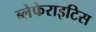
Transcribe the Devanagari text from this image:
ब्लेफेराइटिस